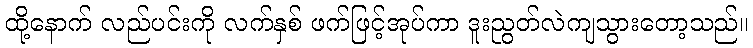
ထို့နောက် လည်ပင်းကို လက်နှစ် ဖက်ဖြင့်အုပ်ကာ ဒူးညွတ်လဲကျသွားတော့သည်။